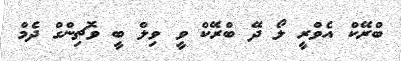
ބްރޭކް އެވްރީ ލޯ ދޭ ބްރޭކް ވީ ވިލް ބީ ވޮޗިންގް ދެމް